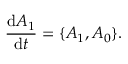
\frac { \mathrm { d } A _ { 1 } } { \mathrm { d } t } = \{ A _ { 1 } , A _ { 0 } \} .